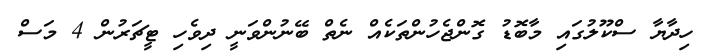
ހިދާޔާ ސްކޫލުގައި މާބޮޑު ގޮންޖެހުންތަކެއް ނެތް ބޭނުންވަނީ ދިވެހި ޓީޗަރުން 4 މަސް